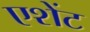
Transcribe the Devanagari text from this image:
एशेंट